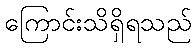
ကြောင်းသိရှိရသည်